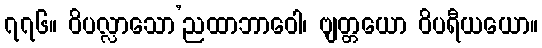
၇၇၆။ ဝိပလ္လာသော’ညထာဘာဝေါ၊ ဗျတ္တယော ဝိပရီယယော။